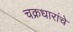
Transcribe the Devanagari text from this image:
चक्रधारांचे